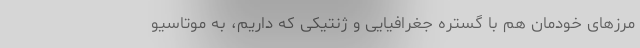
مرزهای خودمان هم با گستره جغرافیایی و ژنتیکی که داریم، به موتاسیو